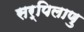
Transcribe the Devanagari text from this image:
सर्पिलाणु